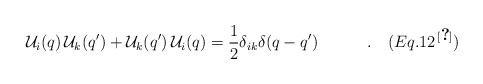
LaTeX: \begin{align*}{\cal U}_i (q) \,{\cal U}_k (q^\prime) + {\cal U}_k (q^\prime) \,{\cal U}_i(q) ={1\over 2} \delta_{ik} \delta (q - q^\prime)\quad\quad\quad.\quad(Eq. 12^{\,\cite{Maj}})\end{align*}